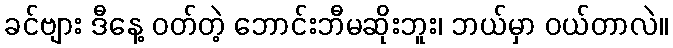
ခင်ဗျား ဒီနေ့ ဝတ်တဲ့ ဘောင်းဘီမဆိုးဘူး၊ ဘယ်မှာ ဝယ်တာလဲ။